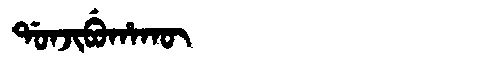
Manchu: ᡩᠣᠨᠵᡳᠪᡠᡥᠠᡴᡡ
Romanization: DONJIBUHAKŪ